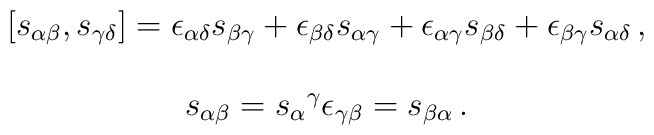
\begin{array}{c}[s_{\alpha\beta},s_{\gamma\delta}]=\epsilon_{\alpha\delta}s_{\beta\gamma}+\epsilon_{\beta\delta}s_{\alpha\gamma}+\epsilon_{\alpha\gamma}s_{\beta\delta}+\epsilon_{\beta\gamma}s_{\alpha\delta}\,,\\{}\\s_{\alpha\beta}=s_{\alpha}{}^{\gamma}\epsilon_{\gamma\beta}=s_{\beta\alpha}\,.\end{array}